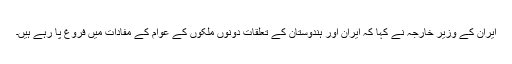
ایران کے وزیر خارجہ نے کہا کہ ایران اور ہندوستان کے تعلقات دونوں ملکوں کے عوام کے مفادات میں فروغ پا رہے ہیں۔